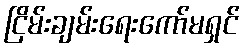
ငြိမ်းချမ်းရေးကော်မရှင်